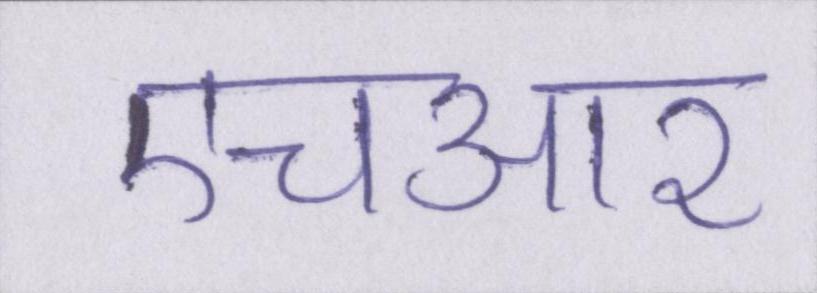
एचआर